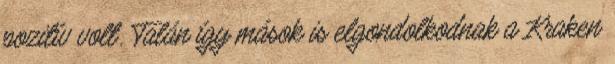
pozitív volt. Talán így mások is elgondolkodnak a Kraken